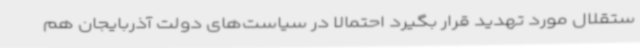
ستقلال مورد تهدید قرار بگیرد احتمالا در سیاست‌های دولت آذربایجان هم